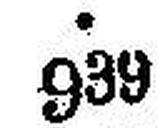
939